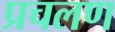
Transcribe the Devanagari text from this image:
प्रचलण